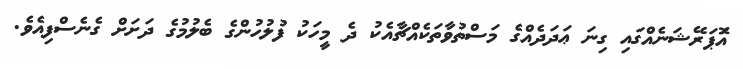
އޮަޕަރޭޝަނެއްގައި ގިނަ ޢަދަދެއްގެ މަސްތުވާތަކެއްޗާއެކު ދެ މީހަކު ފުލުހުންގެ ބެލުމުގެ ދަށަށް ގެނެސްފިއެވެ.